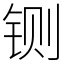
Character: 铡